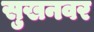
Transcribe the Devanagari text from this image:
सुखनवर